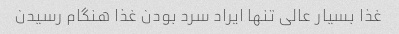
غذا بسیار عالی تنها ایراد سرد بودن غذا هنگام رسیدن